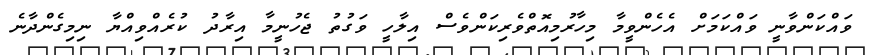
ވައްކަންވާނީ ވައްކަމަށް އެހެންވީމާ މިހާރުމިއޮތްވެރިކަންވެސް އިލާހީ ވަގުތު ޖެހުނީމާ އިރާދު ކުރެއްވިއްޔާ ނިމިގެންދާނެ